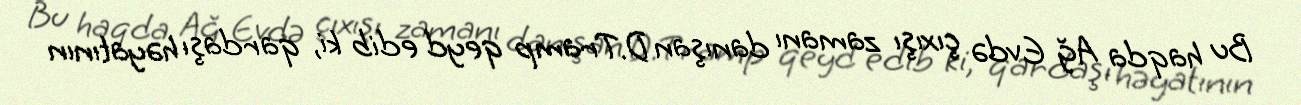
Bu haqda Ağ Evdə çıxışı zamanı danışan D.Tramp qeyd edib ki, qardaşı həyatının